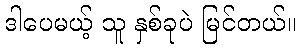
ဒါပေမယ့် သူ နှစ်ခုပဲ မြင်တယ်။